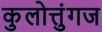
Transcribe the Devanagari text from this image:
कुलोत्तुंगज